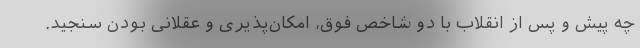
چه پیش و پس از انقلاب با دو شاخص فوق، امکان‌پذیری و عقلانی بودن سنجید.